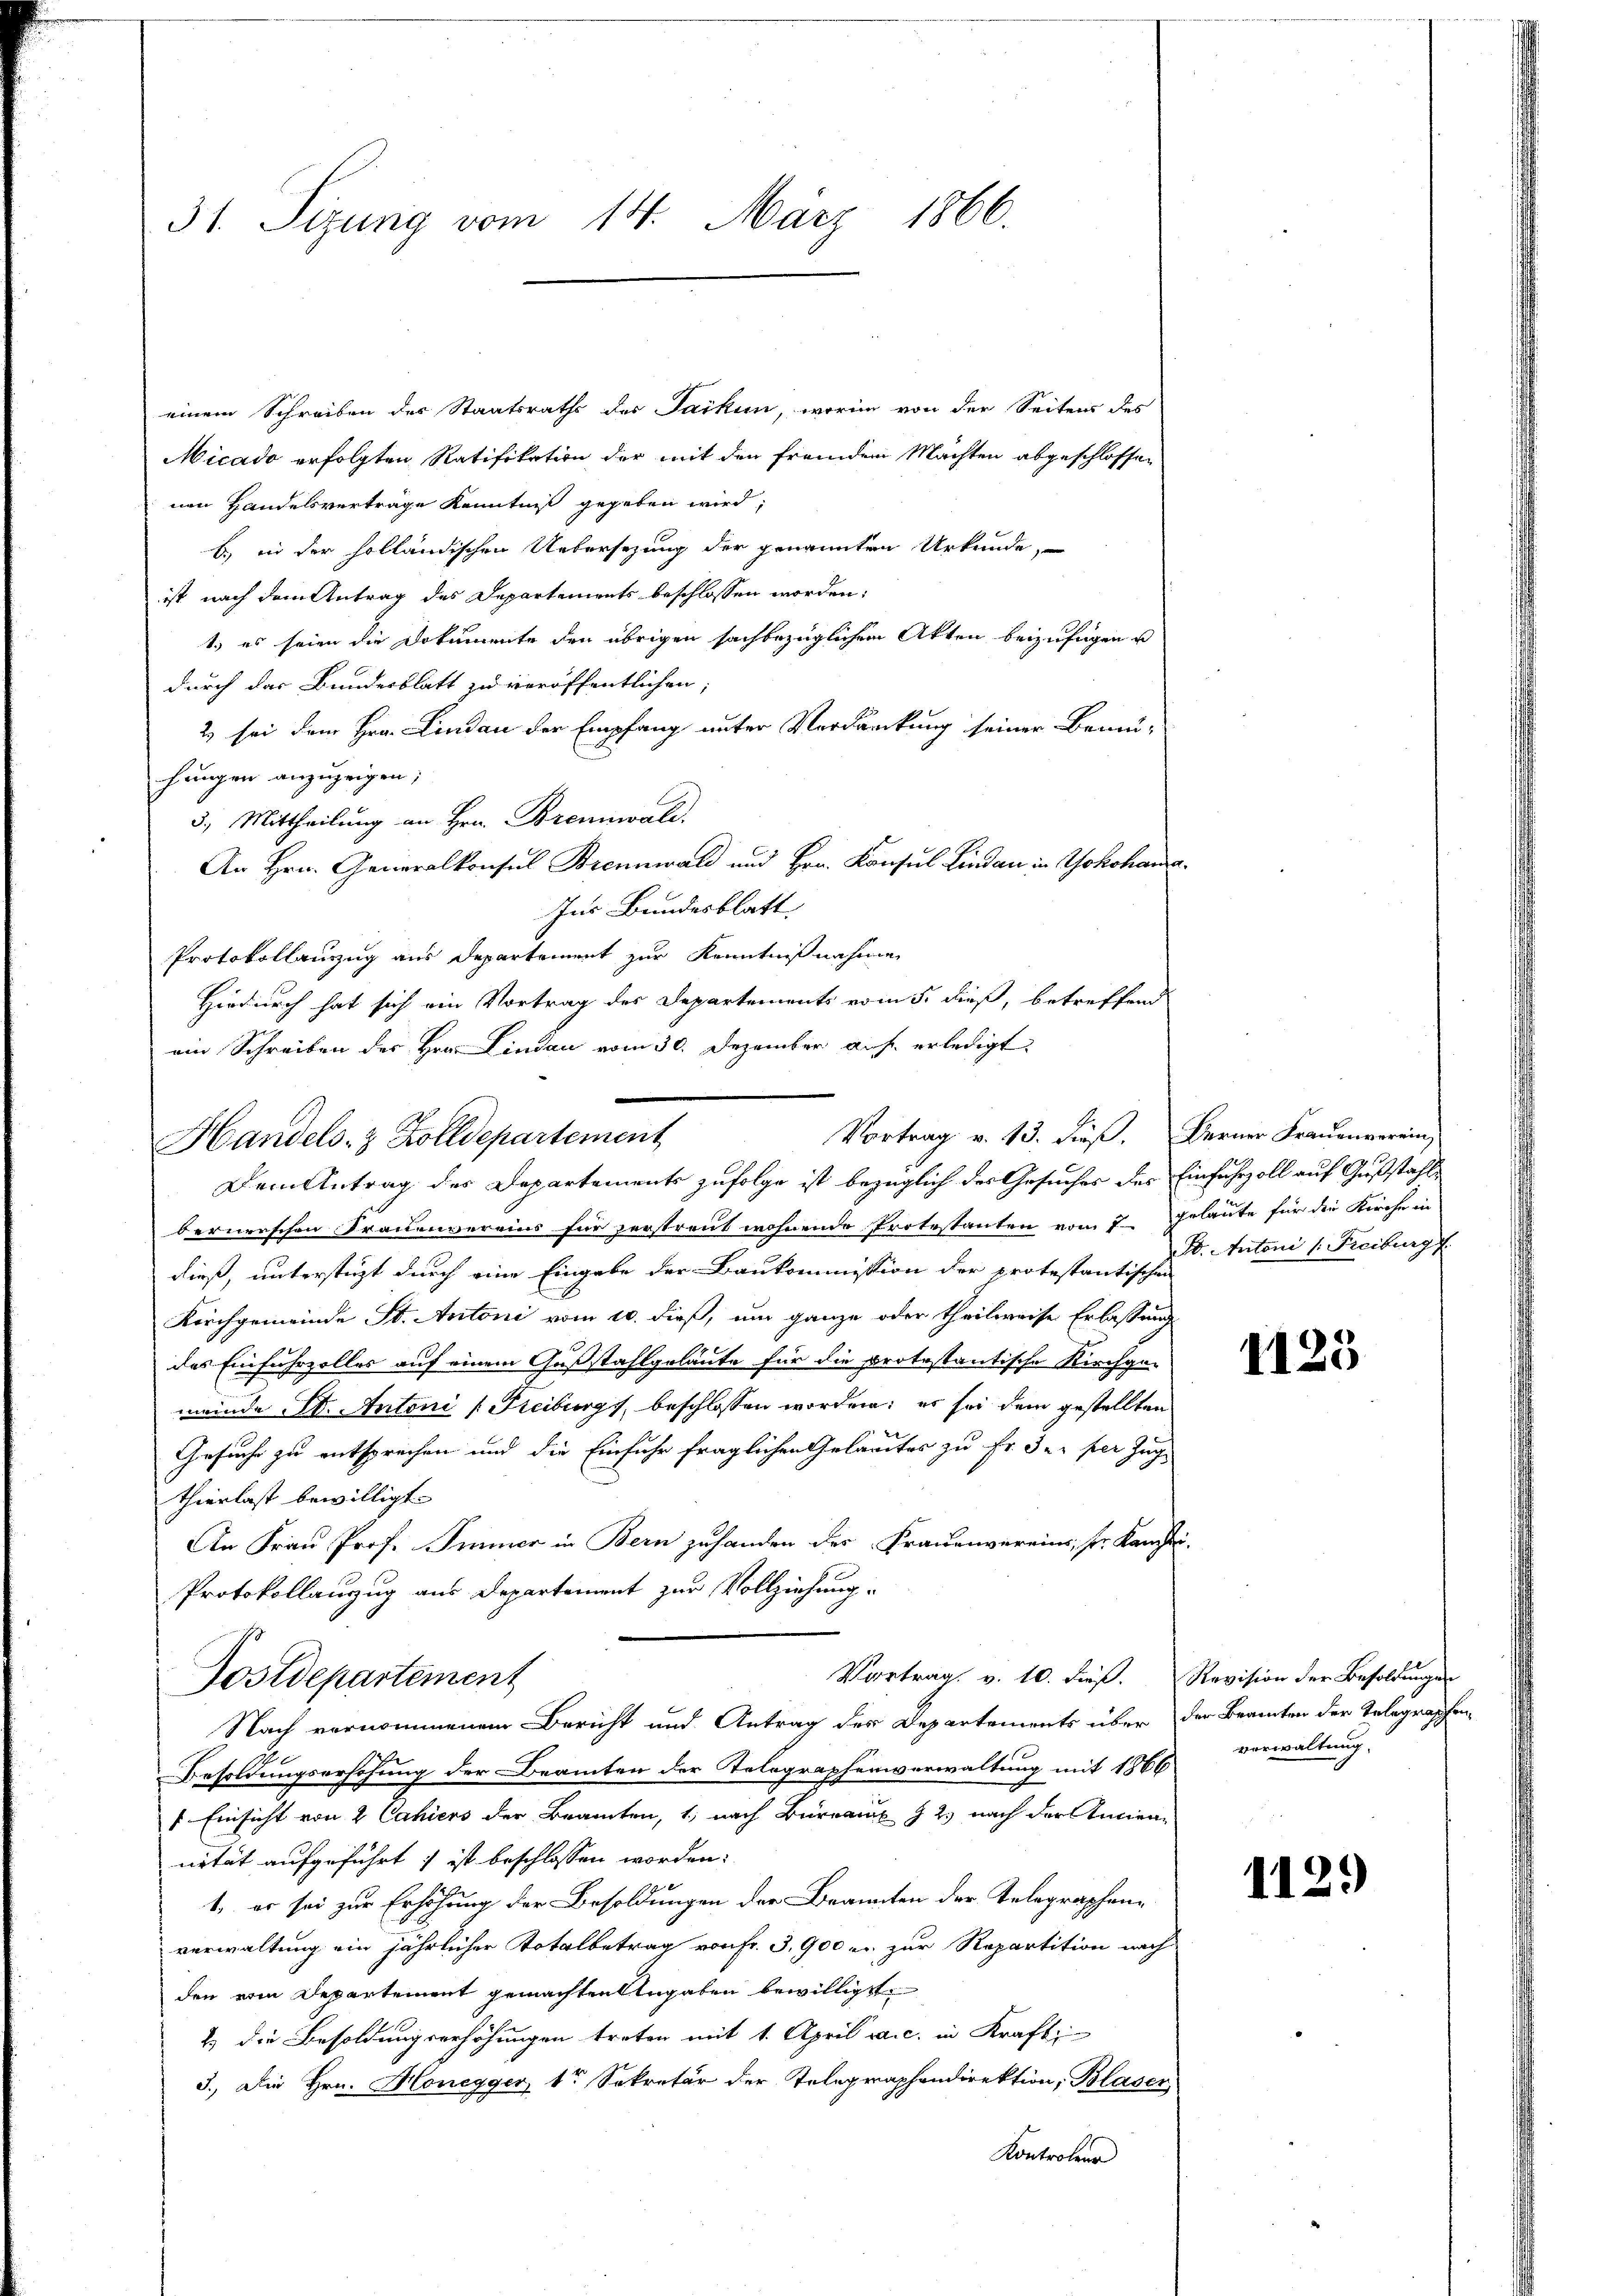
31. Sizung vom 14. März 1866.

einem Schreiben des Staatsrathe des Jacken, worin von der Seitens des
Micado erfolgten Ratifikation der mit den fremden Machten abgeschlossen
nen Handelsvertrage Kenntniß gegeben wird,
b) in der holländischen Uebersezung der genannten Urkunde,
ist nach dem Antrag des Departements beschlossen worden:
t.) es seien die Dokumente den übrigen sachbezüglichen Akten beizufügen u
durch das Bundesblatt zu veröffentlichen,
2) sei dem Hrn. Lindau der Empfang unter Verdankung seiner Bemühungen anzuzeigen;
5.) Mittheilung an Hrn. Brennwald.
An Hrn. Generalkonsul Brennwald und Hrn. Konsul Lindau in Yokohama¬
Ins Bundesblatt |
Dem Antrag des Departements zufolge ist bezüglich des Gesuches des Einfuhrzoll auf Gußstähle
bernerschen Frauenvereins für zerstreut wohnende Protestanten vom 7. gelaute für die Kirche in
dieß, unterstüzt durch eine Eingabe der Baukommission der protestantischen
Kirchgemeinde St. Antoni vom 10. dieß, um ganze oder theilweise Erlassung
das Einfuhrzolles auf einem Gußstahlgeläute für die protestantische Kirchge-
meinde St. Antoni (Freiburgs, beschlossen worden; er sei dem gestellten
2
Gesuche zu entsprechen und die Einfuhr fraglichen Gelangtes zu Fr. 32. per Zug
thierlast bewilligt.
An Frau Prof. Immer in Bern zu handen der Frauenvereins, sr. Kanzlei-
Protokollauzug aus Departement zur Vollziehung.
Vortrag v. 10. dieß. Revision der Besoldungen
Postdepartement
Nach vernommenem Bericht und Antrag des Departements über der Beamten der Telegraphen¬
Besoldungserhöhung der Beamten der Telegraphenverwaltung mit 1866
" Einsicht von 2 Cahiers der Branten, 1, nach Bureaux 1 2) nach der Anciennität aufgeführt ; ist beschlossen worden:
1. es sei zur Erhöhung der Besoldungen der Brannten der Telegraphenverwaltung ein jährlicher Totalbetrag von Fr. 3,900 er zur Repartition nach
den vom Departement gemachten Angaben bewilligt
2.) Die Besoldungserhöhungen treten mit 1. April vic. in Kraft
3.) Die Hrn. Honegger, 1 Sekretär der Telegraphendirektion, Blaser
Kontroler

Protokollauszug aus Departement zur Kenntnißnahmen
Hiedurch hat sich ein Vortrag des Departements vom 5. dieß, betreffend
ein Schreiben des Hrn. Lindau vom 30. Dezember auf erledigt
Vortrag v. 13. dieβ. Ferner Frauenverein,
Handels- & Zolldepartement

B. Antoni /: Freiburg f.

1125

verwaltung.

112.